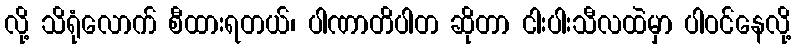
လို့ သိရုံလောက် စီထားရတယ်၊ ပါဏာတိပါတ ဆိုတာ ငါးပါးသီလထဲမှာ ပါဝင်နေလို့